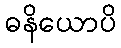
ဓနိယောပိ